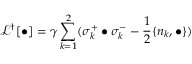
\mathcal { L } ^ { \dagger } [ \bullet ] = \gamma \sum _ { k = 1 } ^ { 2 } ( \sigma _ { k } ^ { + } \bullet \sigma _ { k } ^ { - } - \frac { 1 } { 2 } \{ n _ { k } , \bullet \} )